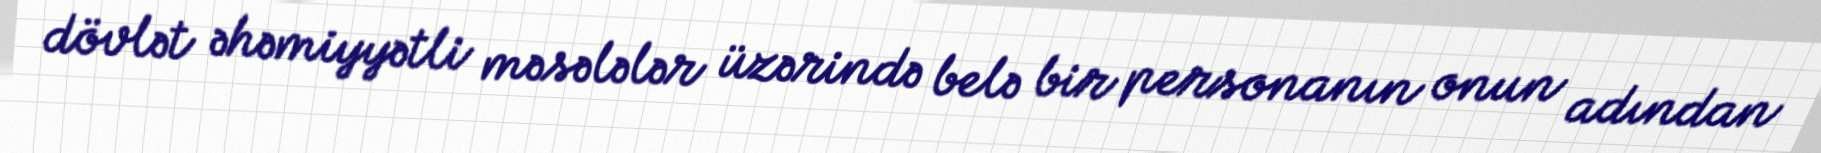
dövlət əhəmiyyətli məsələlər üzərində belə bir personanın onun adından